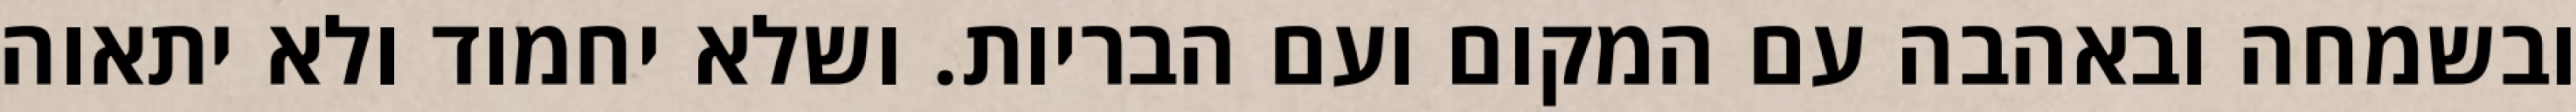
ובשמחה ובאהבה עם המקום ועם הבריות. ושלא יחמוד ולא יתאוה